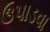
ઉપાડવા